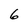
Character: 6